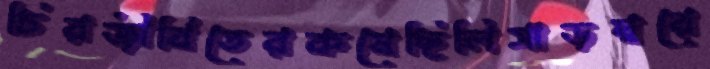
চিরজীবিতেরকষেছিলিসাড়ম্বরে